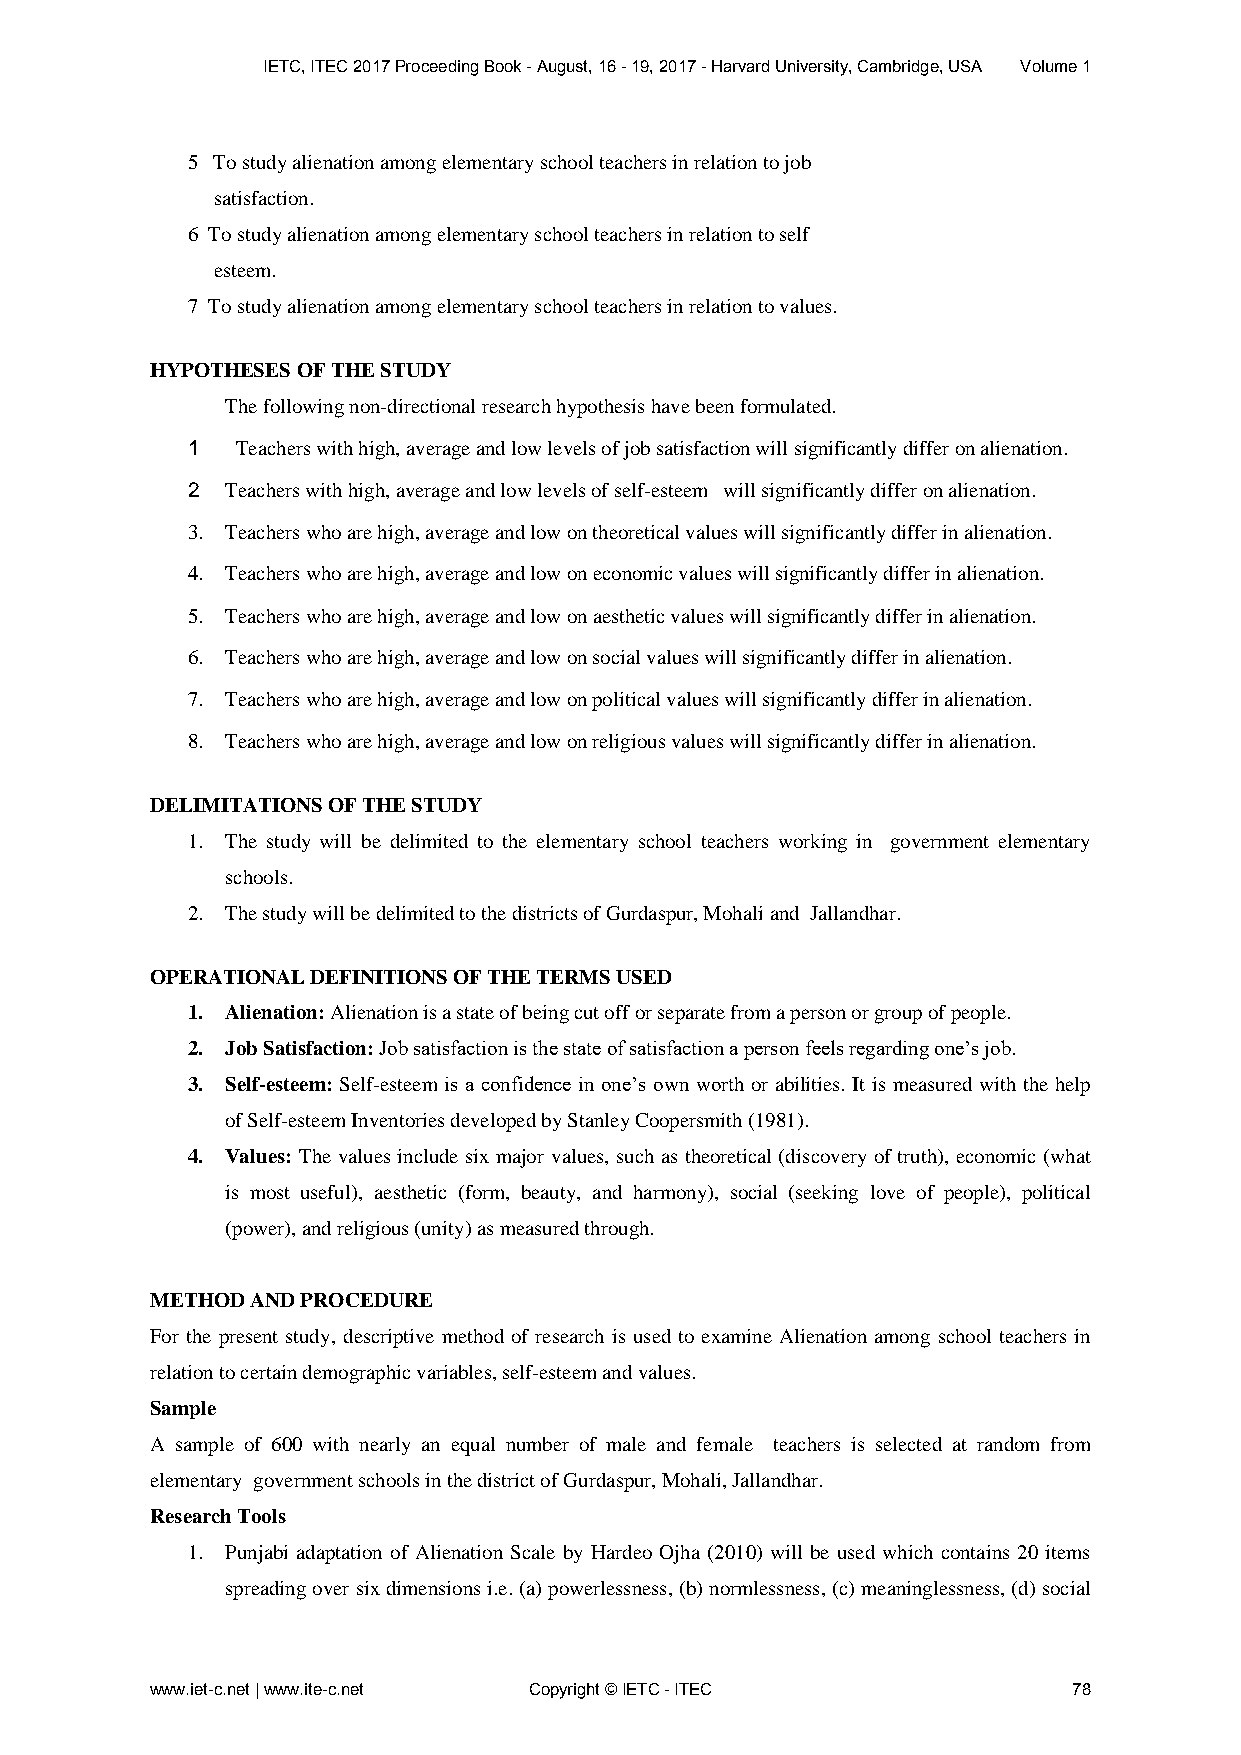
IETC, ITEC 2017 Proceeding Book - August, 16 - 19, 2017 - Harvard University, Cambridge, USA Volume 1
 5 To study alienation among elementary school teachers in relation to job
 satisfaction.
 6 To study alienation among elementary school teachers in relation to self
 esteem.
 7 To study alienation among elementary school teachers in relation to values.
 HYPOTHESES OF THE STUDY
 The following non-directional research hypothesis have been formulated.
 1   Teachers with high, average and low levels of job satisfaction will significantly differ on alienation.
 2  Teachers with high, average and low levels of self-esteem will significantly differ on alienation.
 3. Teachers who are high, average and low on theoretical values will significantly differ in alienation.
 4. Teachers who are high, average and low on economic values will significantly differ in alienation.
 5. Teachers who are high, average and low on aesthetic values will significantly differ in alienation.
 6. Teachers who are high, average and low on social values will significantly differ in alienation.
 7. Teachers who are high, average and low on political values will significantly differ in alienation.
 8. Teachers who are high, average and low on religious values will significantly differ in alienation.
 DELIMITATIONS OF THE STUDY
 1. The study will be delimited to the elementary school teachers working in government elementary
 schools.
 2. The study will be delimited to the districts of Gurdaspur, Mohali and Jallandhar.
 OPERATIONAL DEFINITIONS OF THE TERMS USED
 1. Alienation: Alienation is a state of being cut off or separate from a person or group of people.
 2. Job Satisfaction: Job satisfaction is the state of satisfaction a person feels regarding one’s job.
 3. Self-esteem: Self-esteem is a confidence in one’s own worth or abilities. It is measured with the help
 of Self-esteem Inventories developed by Stanley Coopersmith (1981).
 4. Values: The values include six major values, such as theoretical (discovery of truth), economic (what
 is most useful), aesthetic (form, beauty, and harmony), social (seeking love of people), political
 (power), and religious (unity) as measured through.
 METHOD AND PROCEDURE
 For the present study, descriptive method of research is used to examine Alienation among school teachers in
 relation to certain demographic variables, self-esteem and values.
 Sample
 A sample of 600 with nearly an equal number of male and female teachers is selected at random from
 elementary government schools in the district of Gurdaspur, Mohali, Jallandhar.
 Research Tools
 1. Punjabi adaptation of Alienation Scale by Hardeo Ojha (2010) will be used which contains 20 items
 spreading over six dimensions i.e. (a) powerlessness, (b) normlessness, (c) meaninglessness, (d) social
 www.iet-c.net | www.ite-c.net Copyright © IETC - ITEC        78